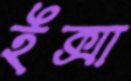
ইক্সা